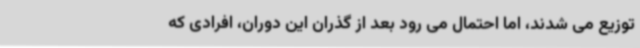
توزیع می شدند، اما احتمال می رود بعد از گذران این دوران، افرادی که